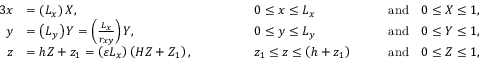
\begin{array} { r l r l r l } { { 3 } x } & { = \left( L _ { x } \right) X , \quad \quad \quad } & & { 0 \leq x \leq L _ { x } \quad } & & { \mathrm { a n d } \quad 0 \leq X \leq 1 , } \\ { y } & { = \left( L _ { y } \right) Y = \left( \frac { L _ { x } } { r _ { x y } } \right) Y , \quad \quad \quad } & & { 0 \leq y \leq L _ { y } \quad } & & { \mathrm { a n d } \quad 0 \leq Y \leq 1 , } \\ { z } & { = h Z + z _ { 1 } = \left( \varepsilon L _ { x } \right) \left( H Z + Z _ { 1 } \right) , \quad \quad \quad } & & { z _ { 1 } \leq z \leq \left( h + z _ { 1 } \right) \quad } & & { \mathrm { a n d } \quad 0 \leq Z \leq 1 , } \end{array}